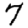
Digit: 7